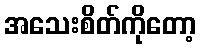
အသေးစိတ်ကိုတော့